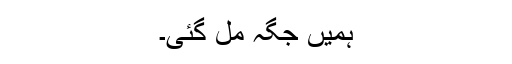
ہمیں جگہ مل گئی۔